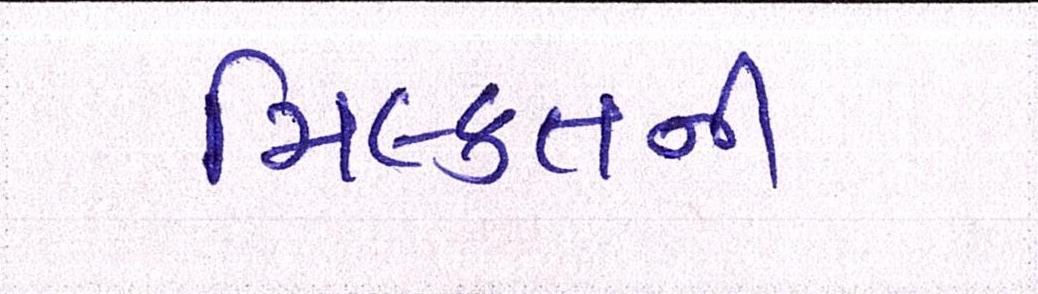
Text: મિલ્કતની